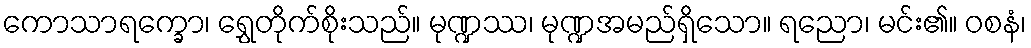
ကောသာရက္ခော၊ ရွှေတိုက်စိုးသည်။ မုဏ္ဍဿ၊ မုဏ္ဍအမည်ရှိသော။ ရညော၊ မင်း၏။ ဝစနံ၊